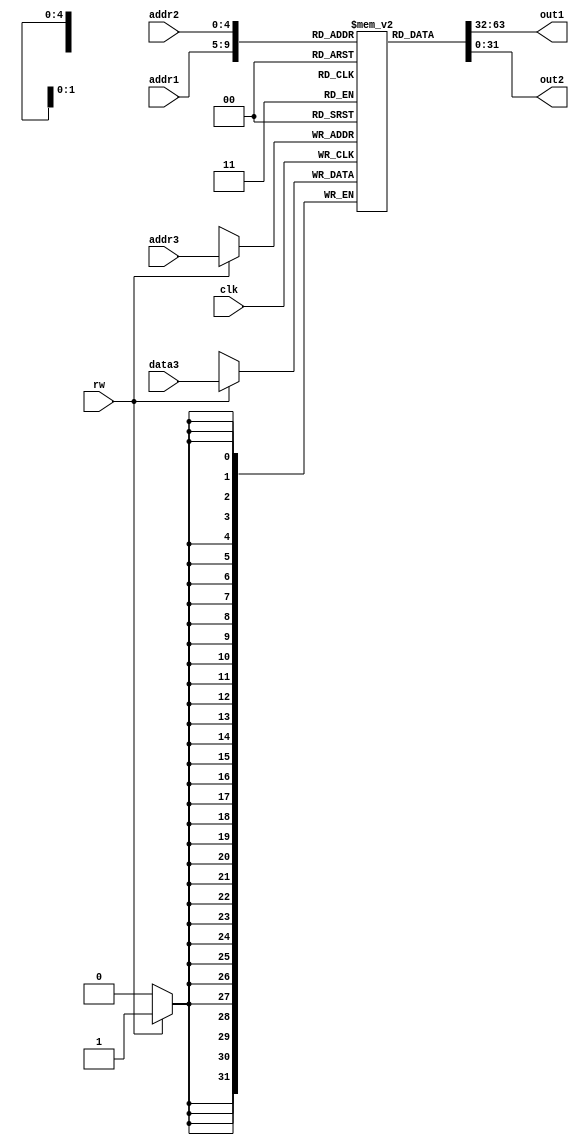
module RegisterFile(rw,addr1,addr2,out1,out2,addr3,data3,clk);

input rw;  	//0 is read. 1 is write
input [4:0] addr1;	//rs
input [4:0] addr2;	//rt
input [4:0] addr3;	//rd
input [31:0] data3;	//value to go into addr3, rd
output [31:0] out1;	//output of read
output [31:0] out2;	//output of read


input clk;

reg [31:0] regmem [31:0]; //32x32bit array of registers

initial begin
	  regmem[0] = 32'b00000000000000000000000000000010; //2
	  regmem[1] = 32'b00000000000000000000000000000001; //1
        regmem[2] = 32'b00000000000000000000000000001000; //8
        regmem[3] = 32'b00000000000000000000000000000110; //6
        regmem[4] = 32'b00000000000000000000000001000000; //64
        regmem[5] = 32'b00000000000000000000000000100000; //32
        regmem[6] = 32'b00000000000000000000000000010000; //16
        regmem[7] = 32'b00000000000000000000000000000111; //7
        regmem[8] = 32'b00000000000000000000000000000101;  //5
        regmem[9] = 32'b00000000000000000000000000100011;  //35
        regmem[10] = 32'b00000000000000000000000000001001; //9
        regmem[11] = 32'b00000000000000000000000000001110; //14
        regmem[12] = 32'b00000000000000000000000000010010; //18
        regmem[13] = 32'b00000000000000000000000000011100; //28
        regmem[14] = 32'b00000000000000000000000000011101; //29
        regmem[15] = 32'b00000000000000000000000000001111;  //15
        regmem[16] = 32'b00000000000000000000000000001011;  //11
        regmem[17] = 32'b00000000000000000000000000010000; //16
        regmem[18] = 32'b00000000000000000000000000000001; //1
        regmem[19] = 32'b00000000000000000000000000000010; //2
        regmem[20] = 32'b00000000000000000000000000011111; //31
        regmem[21] = 32'b00000000000000000000000000010000; //16
        regmem[22] = 32'b00000000000000000000000000010001; //17
        regmem[23] = 32'b00000000000000000000000000010010; //18
        regmem[24] = 32'b00000000000000000000000000000111; //7
        regmem[25] = 32'b00000000000000000000000000111111; //63
        regmem[26] = 32'b00000000000000000000000010000000; //128
        regmem[27] = 32'b00000000000000000000000010000011; //131
        regmem[28] = 32'b00000000000000000000000000001001; //9
        regmem[29] = 32'b00000000000000000000000011000000; //192
        regmem[30] = 32'b00000000000000000000000000000111; //7
        regmem[31] = 32'b00000000000000000000000000000100; //4

	end

		assign out1 = regmem[addr1];
		assign out2 = regmem[addr2];

	//always@(rw)
	always@ (negedge clk)
	begin
		if(rw==1'b1) //if write, store data3 into addr3
		begin
		 regmem[addr3] = data3;
		end
	end

endmodule